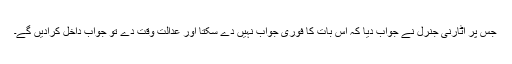
جس پر اٹارنی جنرل نے جواب دیا کہ اس بات کا فوری جواب نہیں دے سکتا اور عدالت وقت دے تو جواب داخل کرادیں گے۔